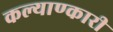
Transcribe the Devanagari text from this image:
कल्याण्कारी